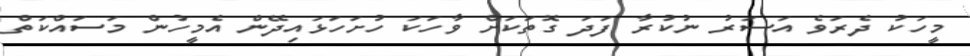
މީހަކު ދެރަވެ އަސަރު ނުކުރާ ފަދަ ގޮތަކަށް ވާހަކަ ހުށަހަޅައިދޭން އެމީހުން މަސައްކަތް